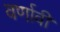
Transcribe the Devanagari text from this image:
वर्णावी